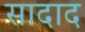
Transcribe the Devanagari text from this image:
सादाद